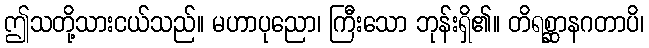
ဤသတို့သားငယ်သည်။ မဟာပုညော၊ ကြီးသော ဘုန်းရှိ၏။ တိရစ္ဆာနဂတာပိ၊